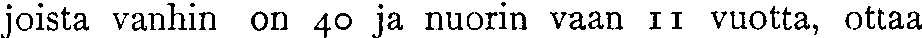
joista vanhin on 40 ja nuorin vaan 11 vuotta, ottaa